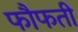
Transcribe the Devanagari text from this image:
फौफती